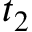
t _ { 2 }